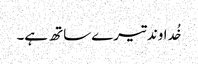
خُداوند تیرے ساتھ ہے۔